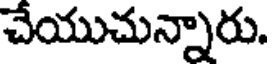
చేయుచున్నారు.